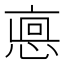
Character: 𢜖